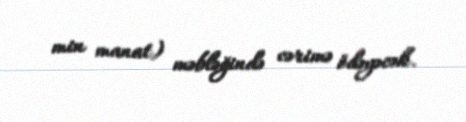
min manat) məbləğində cərimə ödəyəcək.